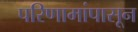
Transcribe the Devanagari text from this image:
परिणामांपासून